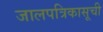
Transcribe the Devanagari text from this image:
जालपत्रिकासूची